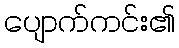
ပျောက်ကင်း၏